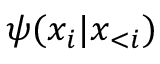
\psi ( x _ { i } | \boldsymbol x _ { < i } )